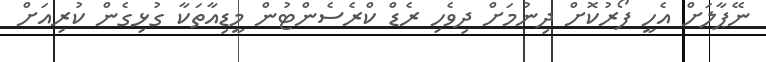
ނޭޕާލަށް އެހީ ފޯރުކޮށް ދިނުމަށް ދިވެހި ރެޑް ކްރެސެންޓުން މީޑިއާތަކާ ގުޅިގެން ކުރިއަށް